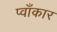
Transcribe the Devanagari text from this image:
प्वाँकार